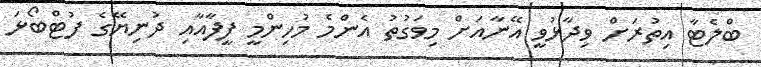
ބްލެޓާ އިތުރަށް ވިދާޅުވީ އޭނާއަށް މިވަގުތު އެންމެ މުހިންމީ ފީފާއާއި ދުނިޔޭގެ ފުޓްބޯޅަ